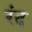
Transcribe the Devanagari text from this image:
रंद